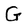
Character: G